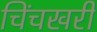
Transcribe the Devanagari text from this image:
चिंचखरी